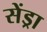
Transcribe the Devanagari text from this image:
सेंड्रा